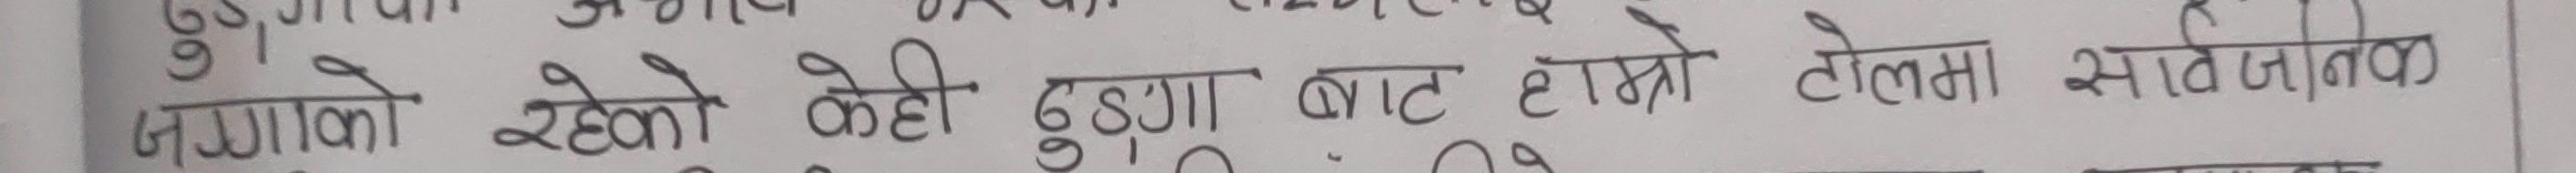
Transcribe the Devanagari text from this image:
जम्माको रहेको केही ढुङ्गा बाट हाम्रो टोलमा सावधानक